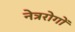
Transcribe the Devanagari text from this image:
नेत्ररोगों